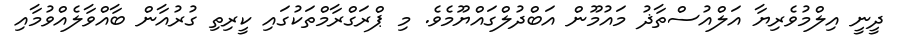
ދީނީ އިލްމުވެރިޔާ އަލްއުސްތާޛު މައުމޫން އަބްދުލްގައްޔޫމެވެ. މި ޕްރަގްރާމްތަކުގައި ކީރިތި ގުރުއާން ބާއްވާލެއްވުމާއި